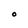
Character: O